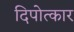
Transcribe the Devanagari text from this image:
दिपोत्कार